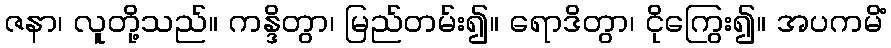
ဇနာ၊ လူတို့သည်။ ကန္ဒိတွာ၊ မြည်တမ်း၍။ ရောဒိတွာ၊ ငိုကြွေး၍။ အပကမိံ